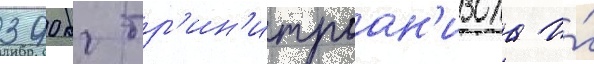
390 кг тр'ин'итроан'изола и́